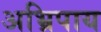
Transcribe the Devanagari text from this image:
अभ्रिपाय